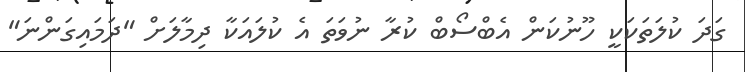
ގަދަ ކުލަތަކަކީ ހޫނުކަން އެބްސޯބް ކުރާ ނުވަތަ އެ ކުލައަކާ ދިމާލަށް "ދަމައިގަންނަ"